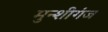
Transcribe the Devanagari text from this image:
मुन्शीगंज